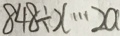
8 4 8 \div x \cdots 2 a